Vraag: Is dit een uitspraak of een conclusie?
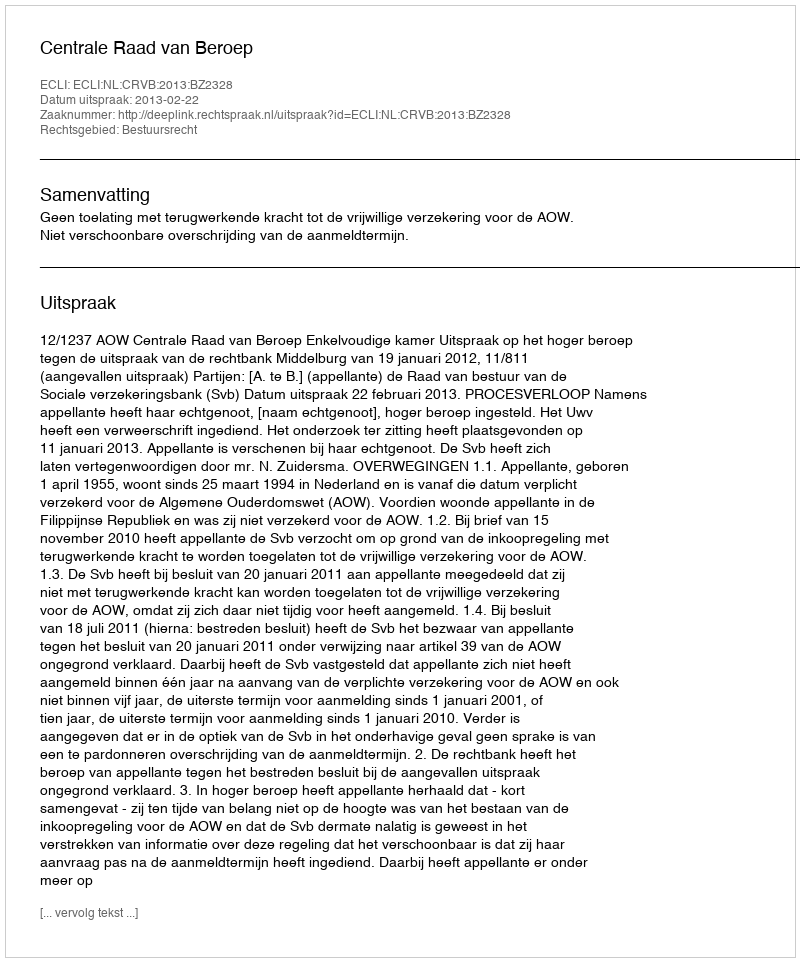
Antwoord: Uitspraak